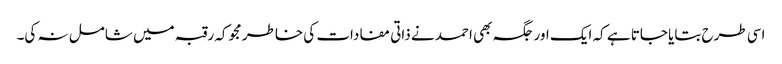
اسی طرح بتایا جاتا ہے کہ ایک اور جگہ بھی احمد نے ذاتی مفادات کی خاطر مجوکہ رقبہ میں شامل نہ کی۔